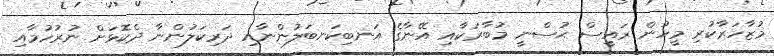
މުޒާހަރާކުރި މީހުން ރައީސް ޙުސްނީ މުބާރަކާއި އޭނާގެ އަނބިކަނބަލުންނާއި ދަރިކަލުންނާ ދެކޮޅަށް ނުރުހުމާއި